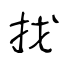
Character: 找